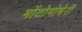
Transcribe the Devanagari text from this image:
मोंटोगोमेरी